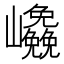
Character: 𭗹